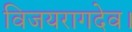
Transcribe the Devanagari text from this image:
विजयरागदेव।